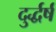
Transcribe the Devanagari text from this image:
दुर्द्धर्ष